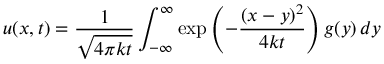
u ( x , t ) = { \frac { 1 } { \sqrt { 4 \pi k t } } } \int _ { - \infty } ^ { \infty } \exp \left( - { \frac { ( x - y ) ^ { 2 } } { 4 k t } } \right) g ( y ) \, d y